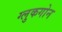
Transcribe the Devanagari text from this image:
ग्लुकगोन